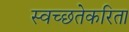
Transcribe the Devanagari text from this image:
स्वच्छतेकरिता